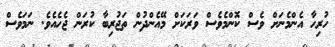
ހުރިހާ އެންމެނަށް ވެސް ކޮންމެވެސް ވަރަކަށް މޭއެންދުން ތަޖުރިބާ ކުރަން ޖެހެއެވެ. ނަމަވެސް